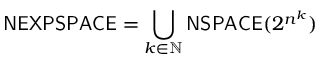
{ \mathsf { N E X P S P A C E } } = \bigcup _ { k \in \mathbb { N } } { \mathsf { N S P A C E } } ( 2 ^ { n ^ { k } } )